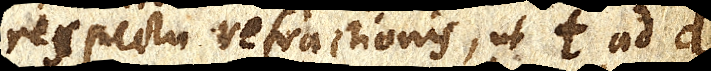
respectu refractionis, ut t ad d